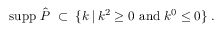
{ \mathrm { s u p p ~ } } \hat { P } \; \subset \; \{ k \: | \: k ^ { 2 } \geq 0 { \mathrm { ~ a n d ~ } } k ^ { 0 } \leq 0 \} \; .